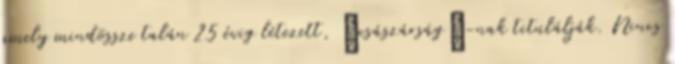
amely mindössze talán 25 évig létezett, „császárság”-nak titulálják. Nincs